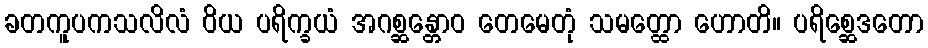
ခတကူပကသလိလံ ဝိယ ပရိက္ခယံ အဂစ္ဆန္တောဝ တေမေတုံ သမတ္ထော ဟောတိ။ ပရိစ္ဆေဒတော